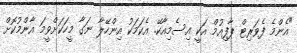
"އެންމެ ފެވަރިޓް ޕާފިއުމް އަކީ އިސެމިއާކޭ. އެކަމަކު އިންހޭލާ ނަގާ މީހަކަށްވީމަ އާންމުކޮށް